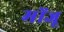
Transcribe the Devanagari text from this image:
मोंजू